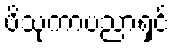
ဗိသုကာပညာရှင်